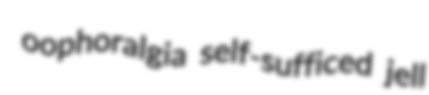
oophoralgia self-sufficed jell